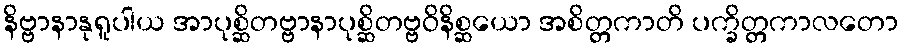
နိဗ္ဗာနာနုရူပါယ အာပုစ္ဆိတဗ္ဗာနာပုစ္ဆိတဗ္ဗဝိနိစ္ဆယော အစိတ္တကာတိ ပက္ခိတ္တကာလတော